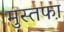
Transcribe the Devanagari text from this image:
मुस्तफा़